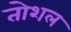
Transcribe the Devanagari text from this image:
तोशल